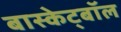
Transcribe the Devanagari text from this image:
बास्केट्बॉल